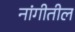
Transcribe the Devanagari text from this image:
नांगीतील